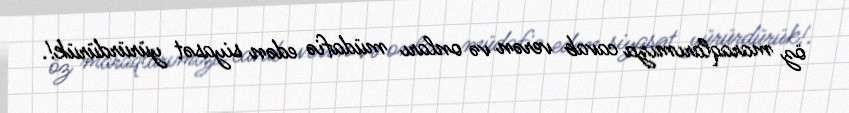
öz maraqlarımıza cavab verən və onları müdafiə edən siyasət yürürdürük!.